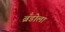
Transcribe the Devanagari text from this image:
ब्रँडोला